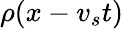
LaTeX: \rho(x-v_{s}t)